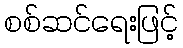
စစ်ဆင်ရေးဖြင့်